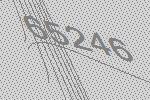
65246